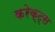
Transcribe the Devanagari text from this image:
करेक्ट्स